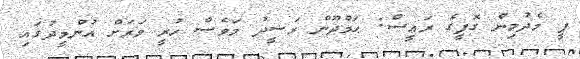
ޕީ މެދުމިން ގޮފީގެ ރަޢީސް: ޙަމްދޫން ރަޝީދު މަވެސް ހުރީ ވަރަށް އުންމީދުގައި